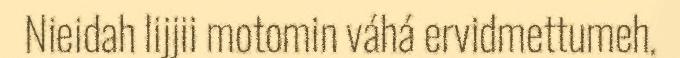
Nieidah lijjii motomin váhá ervidmettumeh.